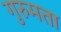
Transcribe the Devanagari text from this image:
गुरुमता